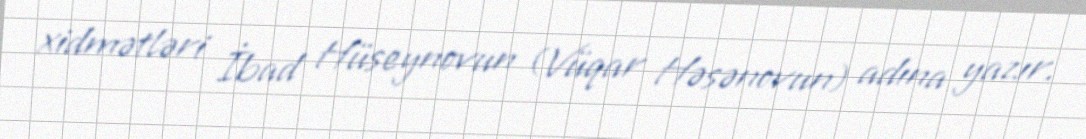
xidmətləri İbad Hüseynovun (Vüqar Həsənovun) adına yazır.